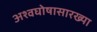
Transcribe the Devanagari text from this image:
अश्वघोषासारख्या